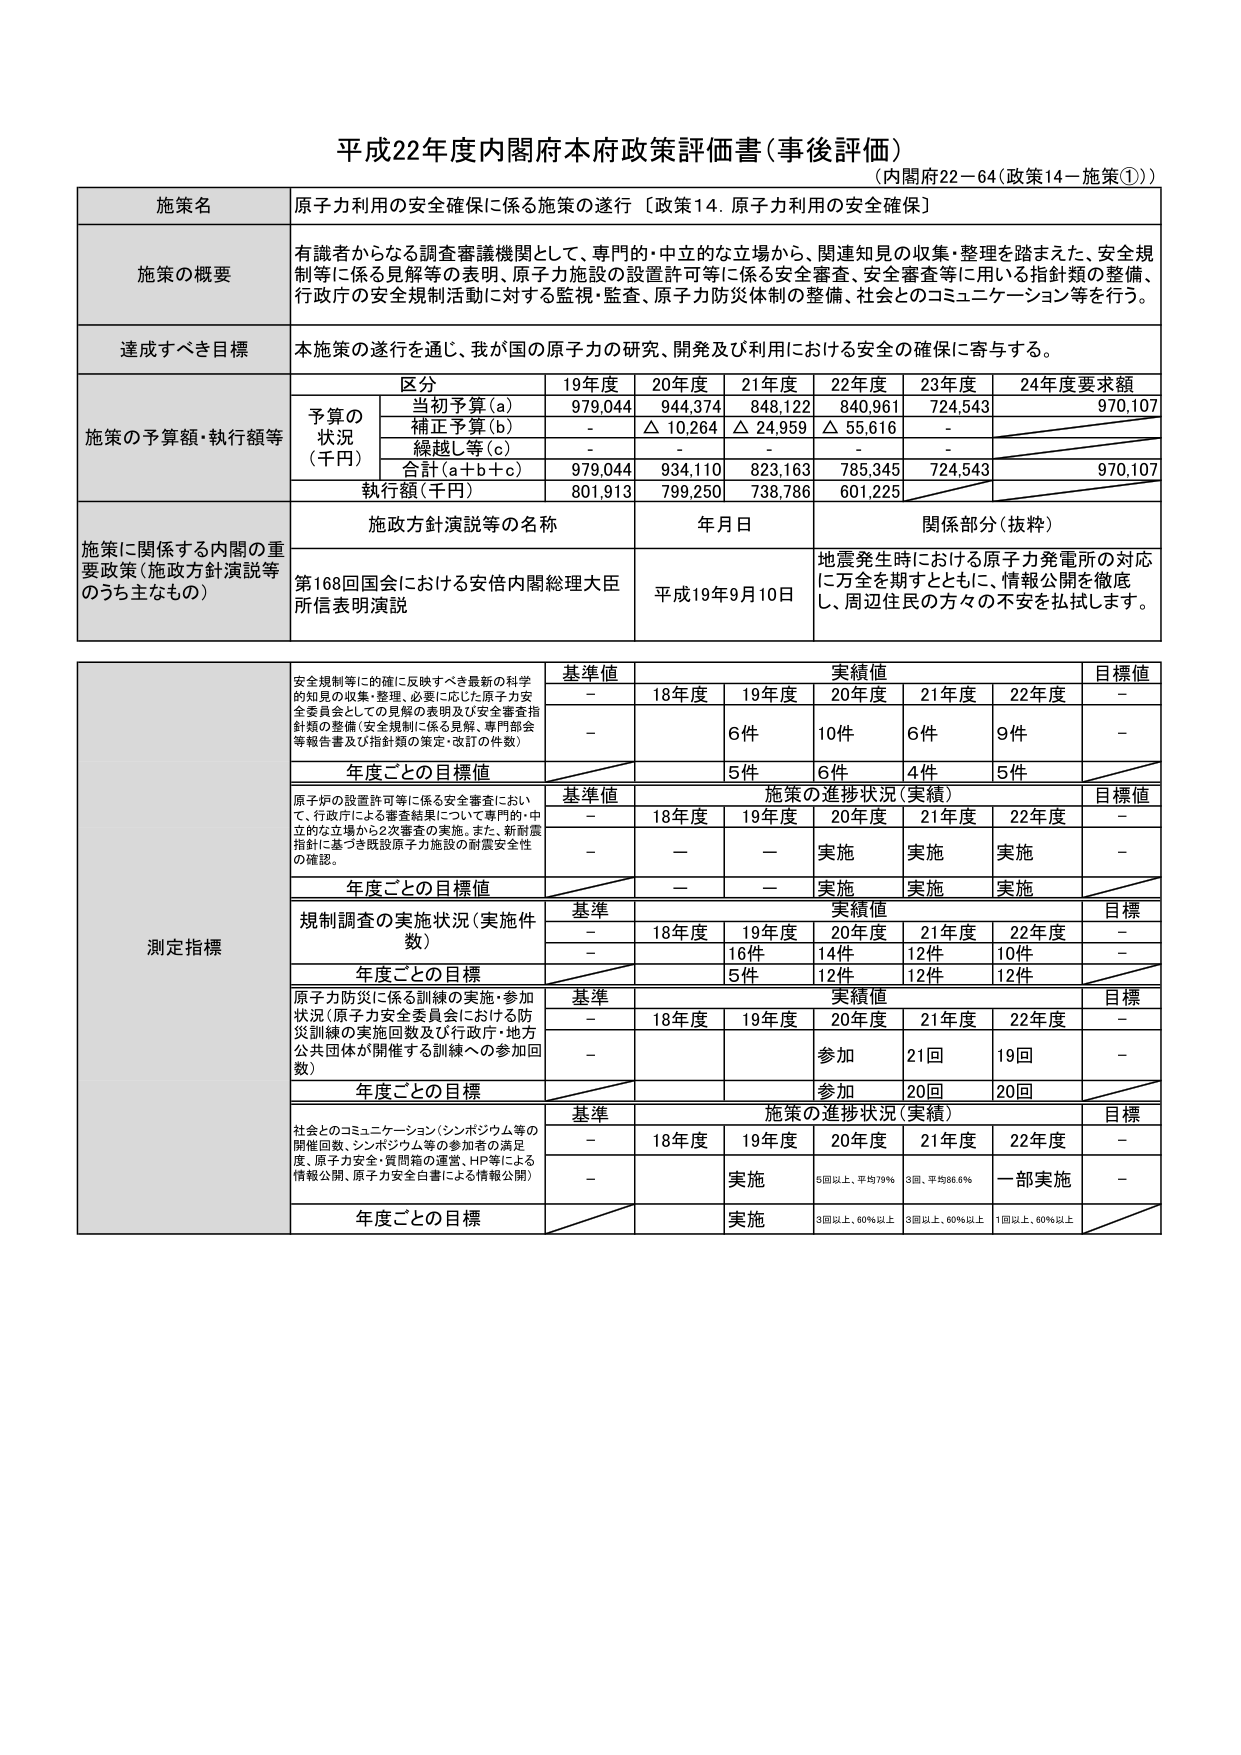
平成22年度内閣府本府政策評価書（事後評価）
（内閣府22－64（政策14－施策①））

施策名
原子力利用の安全確保に係る施策の遂行［政策14．原子力利用の安全確保］

施策の概要
有識者からなる調査審議機関として、専門的・中立的な立場から、関連知見の収集・整理を踏まえた、安全規制等に係る見解等の表明、原子力施設の設置許可等に係る安全審査、安全審査等に用いる指針類の整備、行政府の安全規制活動に対する監視・監査、原子力防災体制の整備、社会とのコミュニケーション等を行う。

達成すべき目標
本施策の遂行を通じ、我が国の原子力の研究、開発及び利用における安全の確保に寄与する。

施策の予算額・執行額等
区分 19年度 20年度 21年度 22年度 23年度 24年度要求額
予算の状況（千円）
当初予算（a） 979,044 944,374 848,122 840,961 724,543 970,107
補正予算（b） - △10,264 △24,959 △55,616 -
繰越し等（c） - - - - -
合計（a＋b＋c） 979,044 934,110 823,163 785,345 724,543 970,107
執行額（千円） 801,913 799,250 738,786 601,225

施策に関係する内閣の重要政策（施策方針演説等のうち主なもの）
施策方針演説等の名称 年月日 関係部分（抜粋）
第168回国会における安倍内閣総理大臣所信表明演説 平成19年9月10日 地震発生時における原子力発電所の対応に万全を期すとともに、情報公開を徹底し、周辺住民の方々の不安を払拭します。

測定指標
安全規制等に的確に反映すべき最新の科学的知見の収集・整理、必要に応じた原子力安全委員会としての見解の表明及び安全審査指針類の整備（安全規制に係る見解、専門部会等報告書及び指針類の策定・改訂の件数）
基準値 実績値 目標値
- 18年度 19年度 20年度 21年度 22年度 -
- - 6件 10件 6件 9件 -
年度ごとの目標値 5件 6件 4件 5件

原子炉の設置許可等に係る安全審査において、行政庁による審査結果について専門的・中立的な立場から2次審査の実施。また、新耐震指針に基づき既設原子力施設の耐震安全性の確認。
基準値 施策の進捗状況（実績） 目標値
- 18年度 19年度 20年度 21年度 22年度 -
- - - 実施 実施 実施 -
年度ごとの目標値 - - 実施 実施 実施

規制調査の実施状況（実施件数）
基準 実績値 目標
- 18年度 19年度 20年度 21年度 22年度 -
- - 16件 14件 12件 10件 -
年度ごとの目標 5件 12件 12件 12件

原子力防災に係る訓練の実施・参加状況（原子力安全委員会における防災訓練の実施回数及び行政府・地方公共団体が開催する訓練への参加回数）
基準 実績値 目標
- 18年度 19年度 20年度 21年度 22年度 -
- - - 参加 21回 19回 -
年度ごとの目標 - - 参加 20回 20回

社会とのコミュニケーション（シンポジウム等の開催回数、シンポジウム等の参加者の満足度、原子力安全・質問箱の運営、HP等による情報公開、原子力安全白書による情報公開）
基準 施策の進捗状況（実績） 目標
- 18年度 19年度 20年度 21年度 22年度 -
- - 実施 5回以上、平均79% 3回、平均86.6% 一部実施 -
年度ごとの目標 - 実施 3回以上、60%以上 3回以上、60%以上 1回以上、60%以上